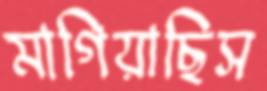
মাগিয়াছিস